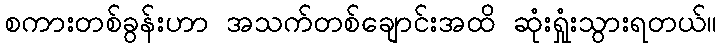
စကားတစ်ခွန်းဟာ အသက်တစ်ချောင်းအထိ ဆုံးရှုံးသွားရတယ်။